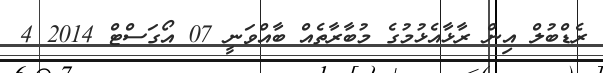
ރެޑްބުލް އިން ރާޅާއެޅުމުގެ މުބާރާތެއް ބާއްވަނީ 07 އޯގަސްޓް 2014 4